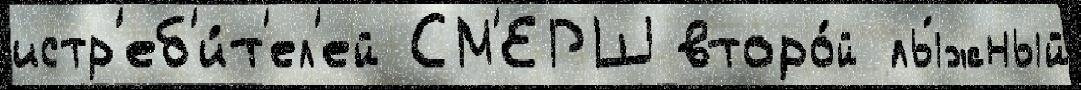
истр'еб'и́т'ел'ей СМ'ЕРШ второ́й лы́жный